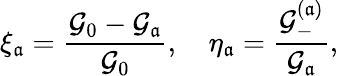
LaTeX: \xi_{\mathfrak{a}}=\frac{{\mathcal{{G}}_{0}-\mathcal{{G}}_{\mathfrak{a}}}}{{\mathcal{{G}}_{0}}},\quad\eta_{\mathfrak{a}}=\frac{{\mathcal{{G}}_{-}^{(\mathfrak{a})}}}{{\mathcal{{G}}_{\mathfrak{a}}}},